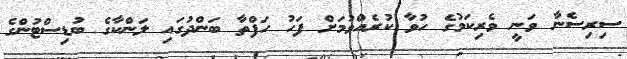
ސިރިސެނާ ވަނީ ވެރިކަމުގެ ހުވާ ކުރެއްވުމަށް ފަހު ހަފްތާ ބަންދުގައި ލަންކާގެ ބުޑިސްޓުންގެ